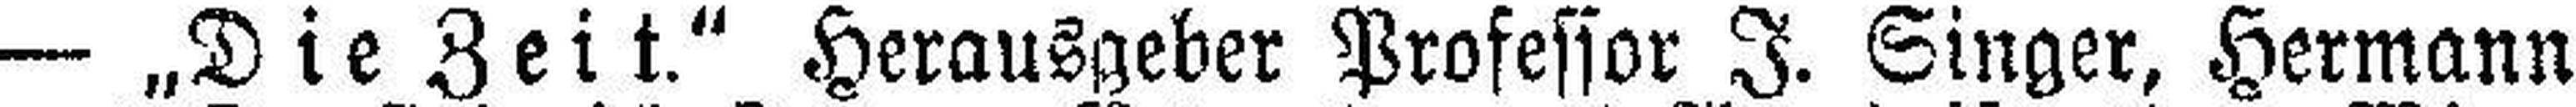
— „Die Zeit.“ Herausgeber Professor J. Singer, Hermann